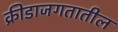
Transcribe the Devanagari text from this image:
क्रीडाजगतातील